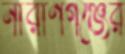
নারাণগঞ্জের